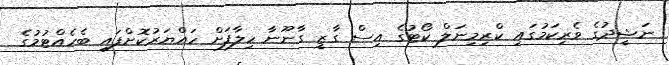
ނަޝީދުގެ ވެރިކަމުގައި ކްރިމިނަލް ކޯޓުގެ އިސް ގާޒީ ގާނޫނާ ހިލާފަށް ހައްޔަރުކޮށްފައި ބެހެއްޓުމުގެ